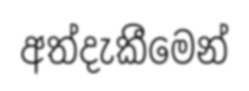
අත්දැකීමෙන්